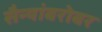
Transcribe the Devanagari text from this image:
सैन्यांबरोबर